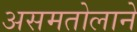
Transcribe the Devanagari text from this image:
असमतोलाने